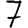
Digit: 7